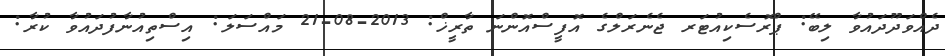
ދެއްވަދޫދައުވާ ލިބޭ: ޕްރޮސެކިއުޓަރ ޖެނެރަލްގެ އޮފީސްއޮންނަ ތާރީޚް: 2013-08-21 މައްސަލަ: އިސްތިއުނާފުދައުވާ ކުރާ: